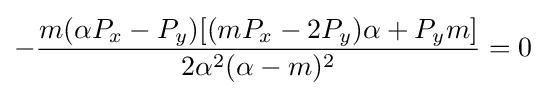
-{\frac {m(\alpha P_{x}-P_{y})[(mP_{x}-2P_{y})\alpha +P_{y}m]}{2\alpha ^{2}(\alpha -m)^{2}}}=0